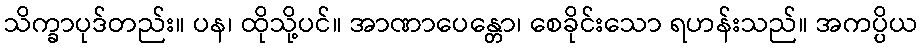
သိက္ခာပုဒ်တည်း။ ပန၊ ထိုသို့ပင်။ အာဏာပေန္တော၊ စေခိုင်းသော ရဟန်းသည်။ အကပ္ပိယ